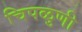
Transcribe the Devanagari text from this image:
चिपळुणी